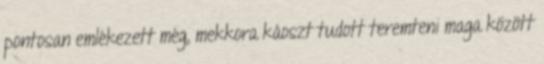
pontosan emlékezett még, mekkora káoszt tudott teremteni maga között